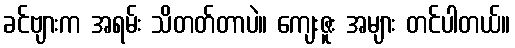
ခင်ဗျားက အရမ်း သိတတ်တာပဲ။ ကျေးဇူး အများ တင်ပါတယ်။